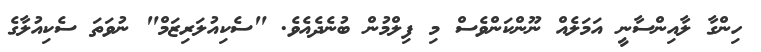
ހިންގާ ލާއިންސާނީ އަމަލެއް ނޫންކަންވެސް މި ފިލްމުން ބުނެދެއެވެ. "ސެކިއުލަރިޒަމް" ނުވަތަ ސެކިއުލާގެ